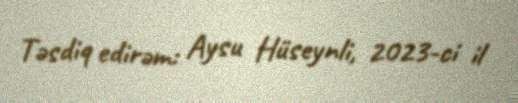
Təsdiq edirəm: Aysu Hüseynli, 2023-ci il